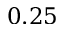
0 . 2 5